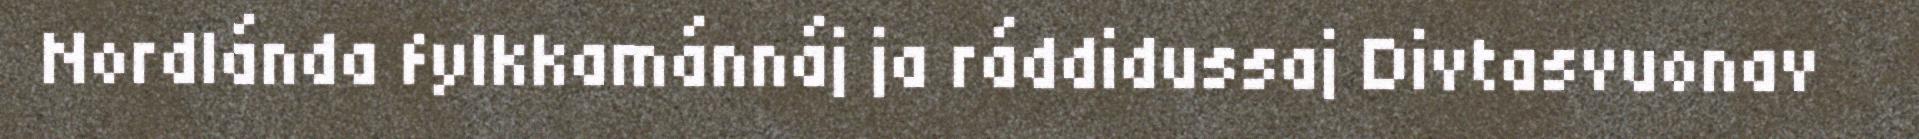
Nordlánda fylkkamánnáj ja ráddidussaj Divtasvuonav